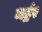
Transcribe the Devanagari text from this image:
मर्ड्रर